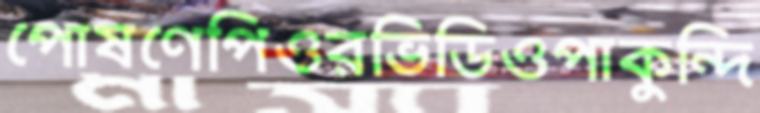
পোষণেপিওরভিডিওপাকুন্দি